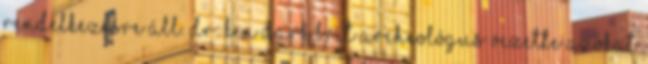
rendelkezésre áll. Dr. Ken Dark brit archeológus vezette azokat